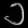
Digit: ၁